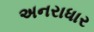
અનરાધાર